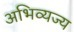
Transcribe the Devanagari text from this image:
अभिव्यज्य